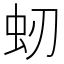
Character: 𧈳